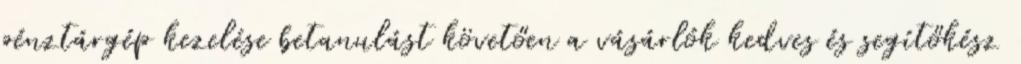
pénztárgép kezelése betanulást követően a vásárlók kedves és segítőkész